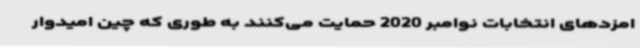
امزدهای انتخابات نوامبر 2020 حمایت می‌کنند به طوری که چین امیدوار